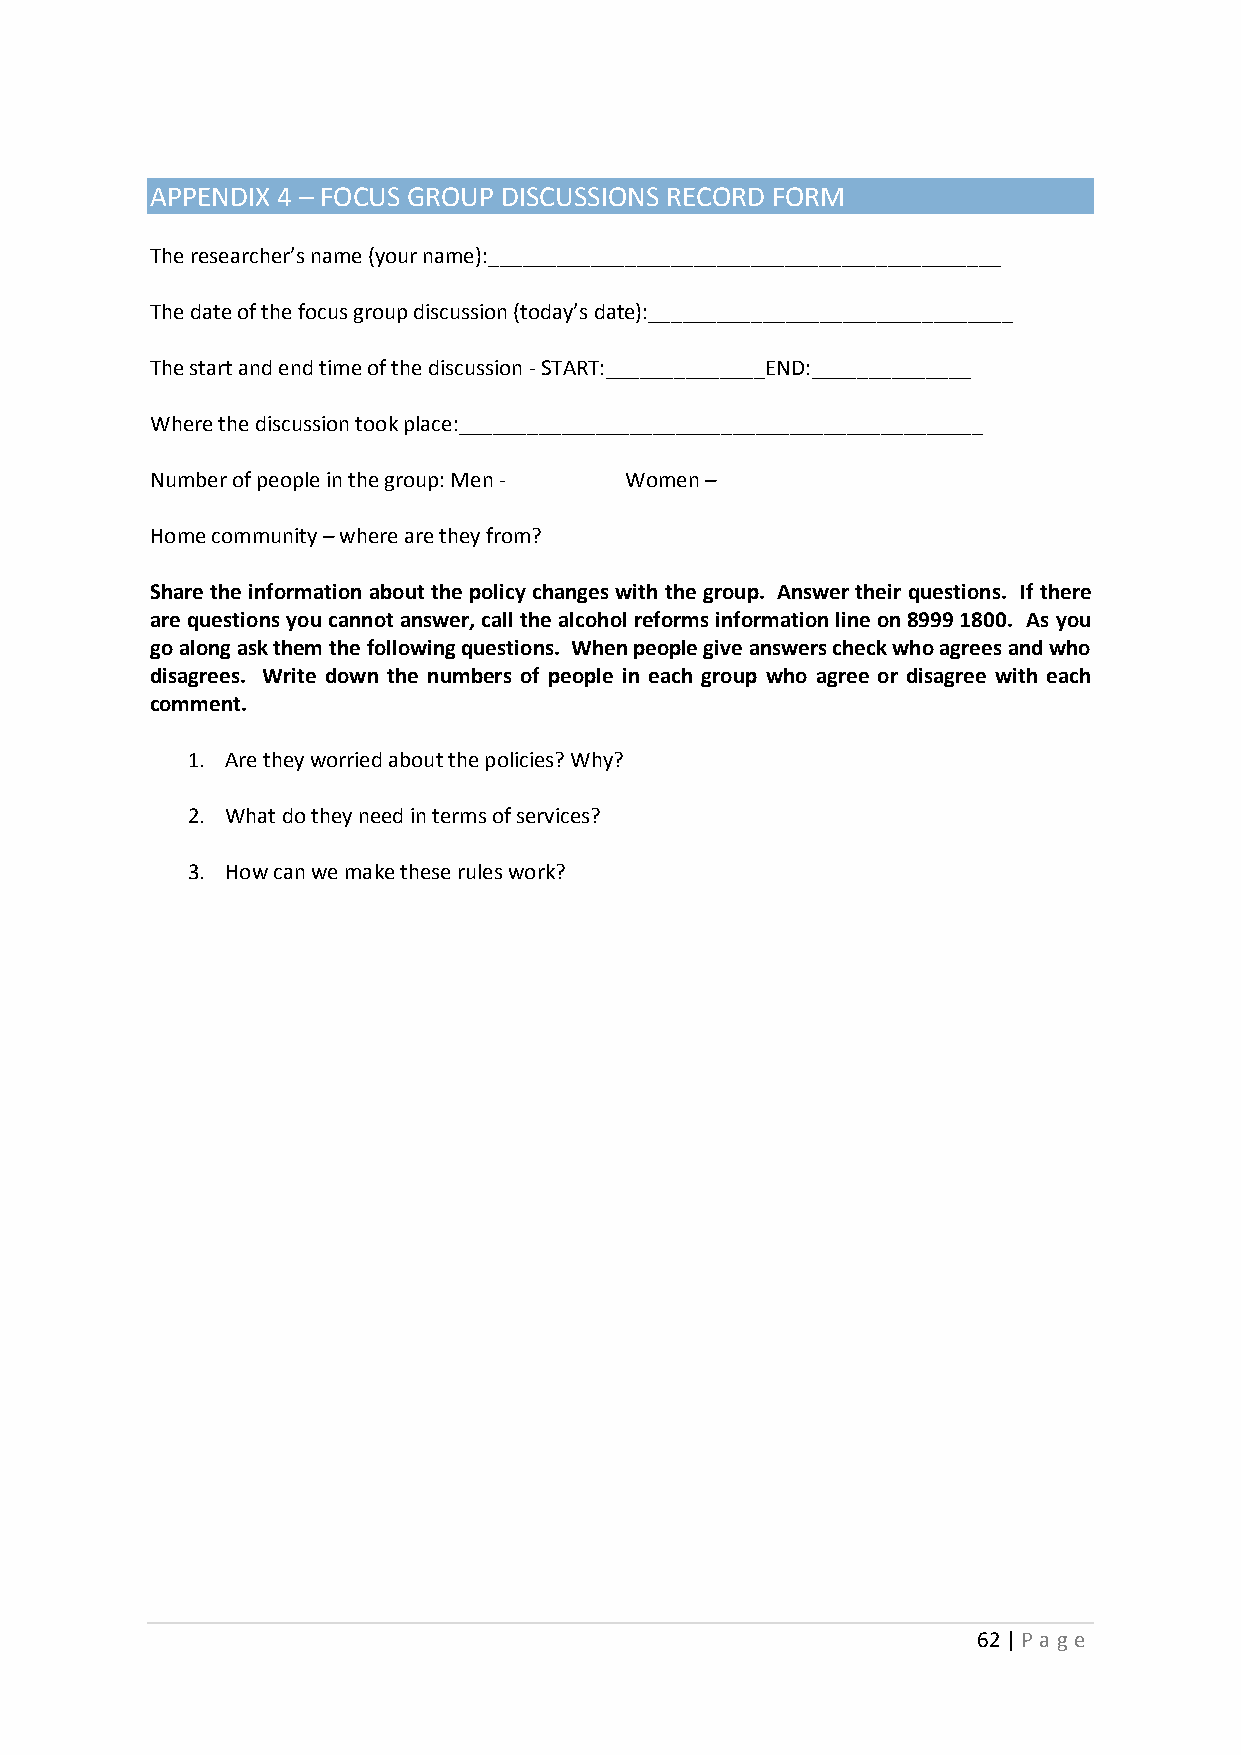
APPENDIX 4 – FOCUS GROUP DISCUSSIONS RECORD FORM
 The researcher’s name (your name):_____________________________________________
 The date of the focus group discussion (today’s date):________________________________
 The start and end time of the discussion - START:______________END:______________
 Where the discussion took place:______________________________________________
 Number of people in the group: Men - Women –
 Home community – where are they from?
 Share the information about the policy changes with the group. Answer their questions. If there
 are questions you cannot answer, call the alcohol reforms information line on 8999 1800. As you
 go along ask them the following questions. When people give answers check who agrees and who
 disagrees. Write down the numbers of people in each group who agree or disagree with each
 comment.
 1. Are they worried about the policies? Why?
 2. What do they need in terms of services?
 3. How can we make these rules work?
 62 | P age